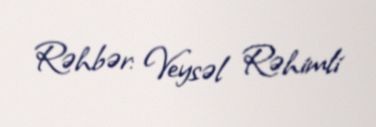
Rəhbər: Veysəl Rəhimli